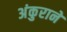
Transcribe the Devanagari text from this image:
अंकुराने